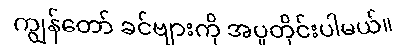
ကျွန်တော် ခင်ဗျားကို အပူတိုင်းပါမယ်။